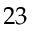
2 3